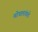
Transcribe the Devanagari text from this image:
मोघलांकडे